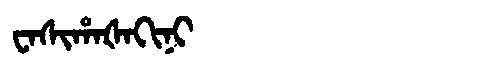
Manchu: ᠸᠠᠰᡳᡥᠠᡧᠠᡴᡳᠨᡳ
Romanization: WASIHAŠAKINI